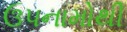
ઉપનામોથી